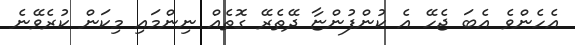
އެހެންވެ އެބަ ޖެހޭ އެ ކުންފުންޏާ ދޭތެރޭ ގޮތެއް ނިންމައި މިކަން ކުރެވޭނެ